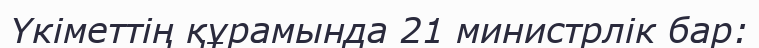
Үкіметтің құрамында 21 министрлік бар: